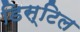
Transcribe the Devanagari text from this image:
डिस्टिल